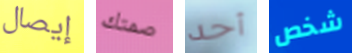
إيصال صمتك أحد شخص